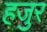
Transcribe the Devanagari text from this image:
हजुर